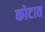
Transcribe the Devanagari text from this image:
कोटात